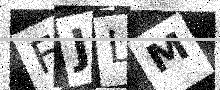
Text: FJLM